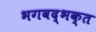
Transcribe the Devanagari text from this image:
भगवद्‌भक्त